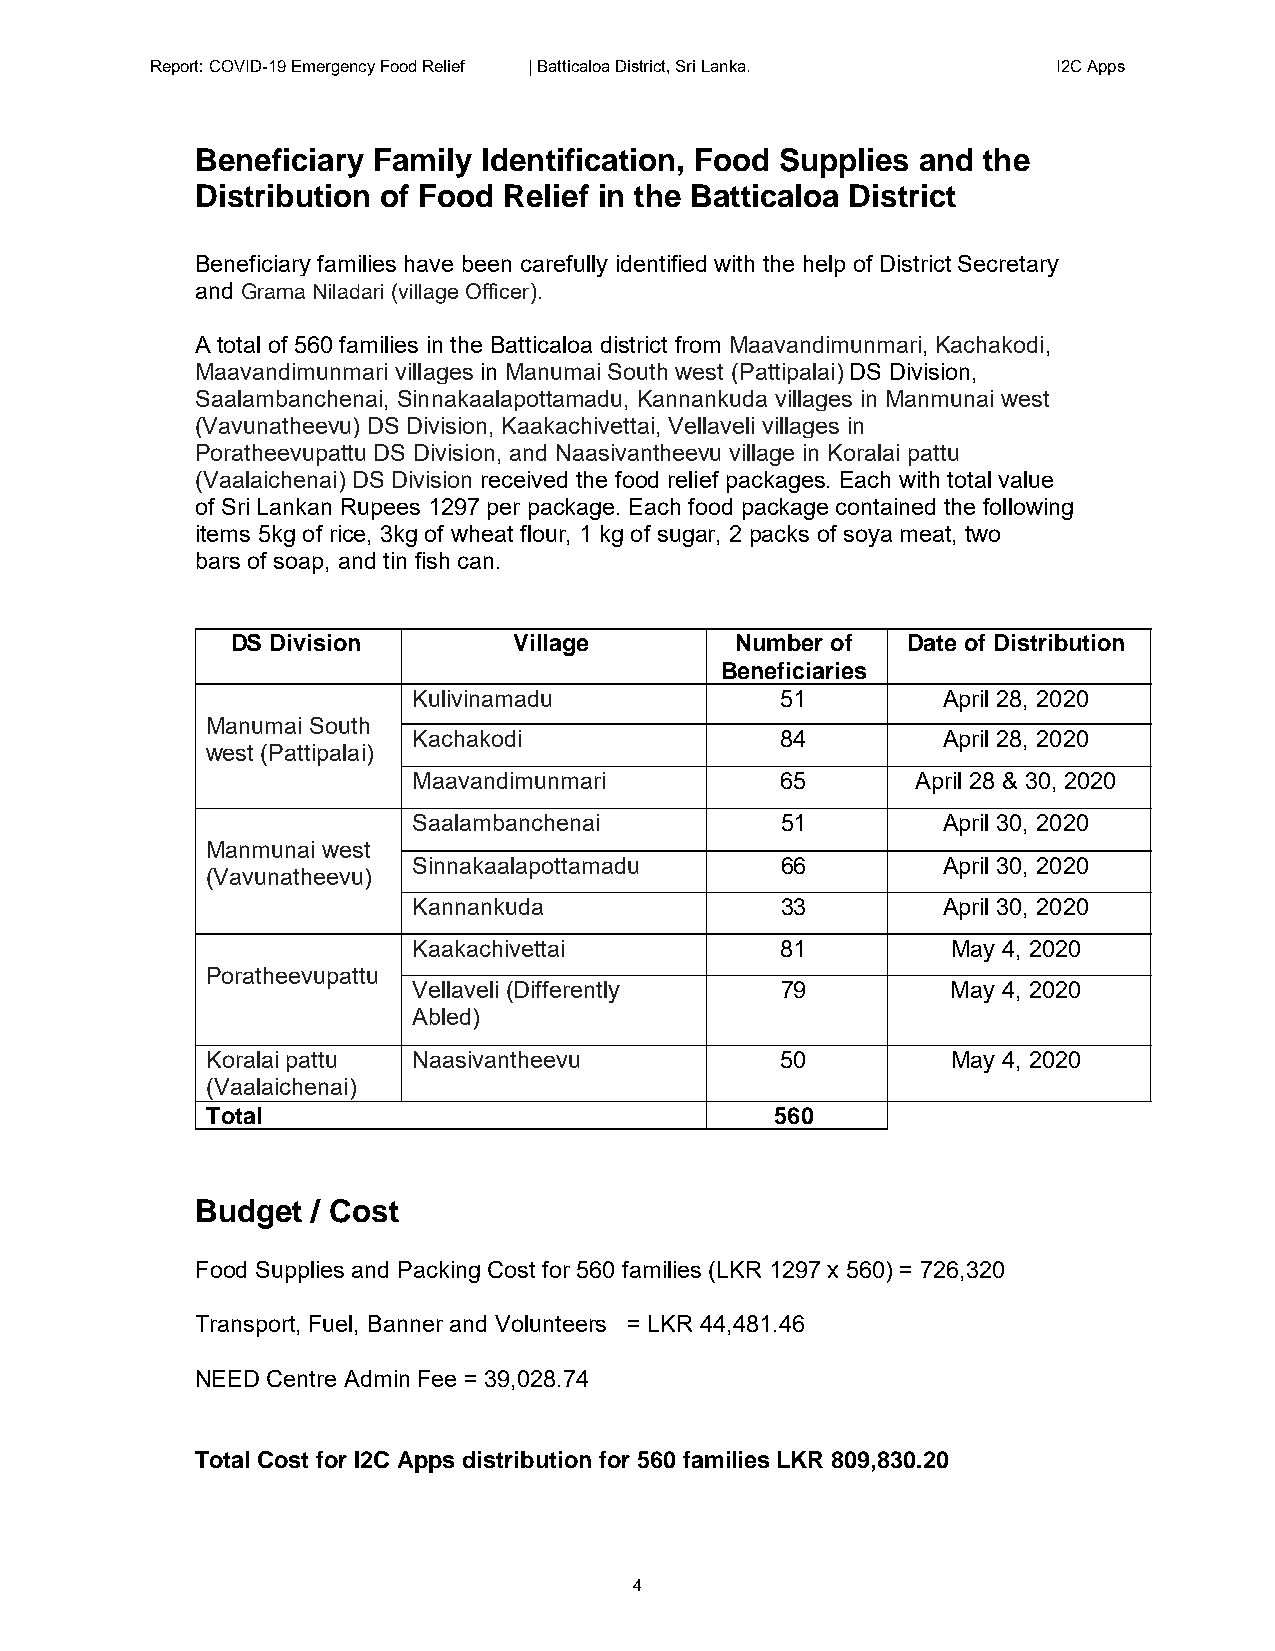
Report: COVID-19 Emergency Food Relief | Batticaloa District, Sri Lanka. I2C Apps
 Beneficiary Family Identification, Food Supplies and the
 Distribution of Food Relief in the Batticaloa District
 Beneficiary families have been carefully identified with the help of District Secretary
 and Grama Niladari (village Officer).
 A total of 560 families in the Batticaloa district from Maavandimunmari, Kachakodi,
 Maavandimunmari villages in Manumai South west (Pattipalai) DS Division,
 Saalambanchenai, Sinnakaalapottamadu, Kannankuda villages in Manmunai west
 (Vavunatheevu) DS Division, Kaakachivettai, Vellaveli villages in
 Poratheevupattu DS Division, and Naasivantheevu village in Koralai pattu
 (Vaalaichenai) DS Division received the food relief packages. Each with total value
 of Sri Lankan Rupees 1297 per package. Each food package contained the following
 items 5kg of rice, 3kg of wheat flour, 1 kg of sugar, 2 packs of soya meat, two
 bars of soap, and tin fish can.
 DS Division        Village        Number of  Date of Distribution
 Beneficiaries
 Kulivinamadu             51        April 28, 2020
 Manumai South
 Kachakodi                84        April 28, 2020
 west (Pattipalai)
 Maavandimunmari          65       April 28 & 30, 2020
 Saalambanchenai          51        April 30, 2020
 Manmunai west
 Sinnakaalapottamadu      66        April 30, 2020
 (Vavunatheevu)
 Kannankuda               33        April 30, 2020
 Kaakachivettai           81         May 4, 2020
 Poratheevupattu
 Vellaveli (Differently   79         May 4, 2020
 Abled)
 Koralai pattu Naasivantheevu          50         May 4, 2020
 (Vaalaichenai)
 Total                                560
 Budget  / Cost
 Food Supplies and Packing Cost for 560 families (LKR 1297 x 560) = 726,320
 Transport, Fuel, Banner and Volunteers = LKR 44,481.46
 NEED Centre Admin Fee = 39,028.74
 Total Cost for I2C Apps distribution for 560 families LKR 809,830.20
 4